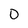
Character: 0